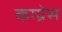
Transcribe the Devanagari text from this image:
कग्ग्रेस